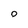
Character: 0